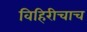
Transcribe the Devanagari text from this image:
विहिरीचाच